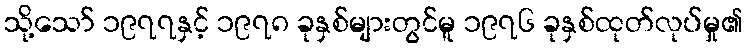
သို့သော် ၁၉၇၇နှင့် ၁၉၇၈ ခုနှစ်များတွင်မူ ၁၉၇၆ ခုနှစ်ထုတ်လုပ်မှု၏